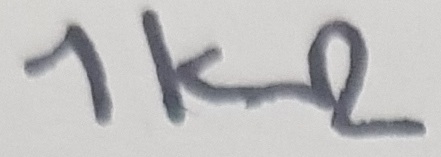
Text: 1kΩ